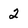
Character: 2